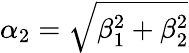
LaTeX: \alpha_{2}=\sqrt{\beta_{1}^{2}+\beta_{2}^{2}}